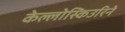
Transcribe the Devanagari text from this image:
केल्लोस्किउरिने